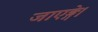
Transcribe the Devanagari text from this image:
जाएङ्गे।